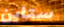
ستاين